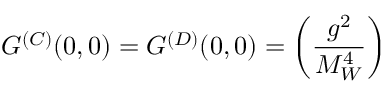
G ^ { ( C ) } ( 0 , 0 ) = G ^ { ( D ) } ( 0 , 0 ) = \left( \frac { g ^ { 2 } } { M _ { W } ^ { 4 } } \right)